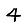
Digit: 4